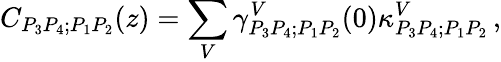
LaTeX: C_{P_{3}P_{4};P_{1}P_{2}}(z)=\sum_{V}\gamma_{P_{3}P_{4};P_{1}P_{2}}^{V}(0)\kappa_{P_{3}P_{4};P_{1}P_{2}}^{V}\, ,